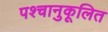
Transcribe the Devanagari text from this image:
पश्चानुकूलित